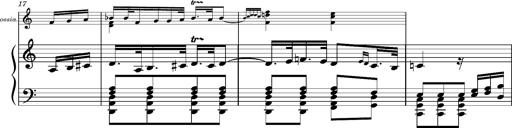
Title: Ungarischer Romanzero
Composer: Franz Liszt